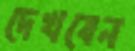
দেখবেন